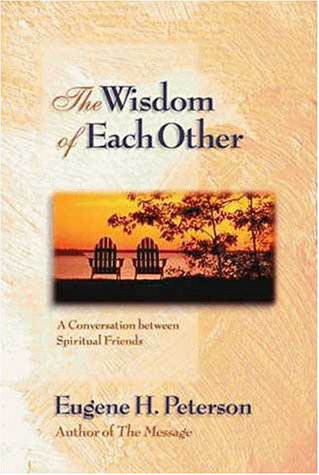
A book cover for Wisdom of Each Other, The; Eugene H. Peterson; Christian Books & Bibles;